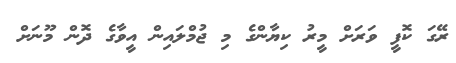
ރޭގަ ކޮފީ ވަރަށް މީރު ކިޔާންގެ މި ޖުމްލައިން އީވާގެ ދޮން މޫނަށް